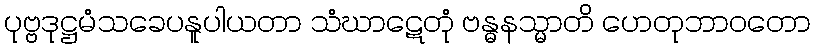
ပုဗ္ဗဒုဋ္ဌမံသခေပနူပါယတာ သံဃာဋေတုံ ဗန္ဓနသ္မာတိ ဟေတုဘာဝတော